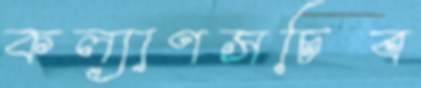
কল্যাণসচিব